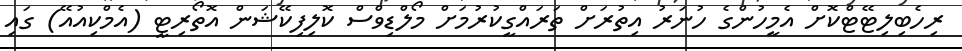
ރިހެބިލިޓޭޓްކޮށް އެމީހުންގެ ހުނަރު އިތުރަށް ތަރައްގީކުރުމަށް މޯލްޑިވްސް ކޮލިފިކޭޝަން އޮތޯރިޓީ (އެމްކިއުއޭ) ގައި